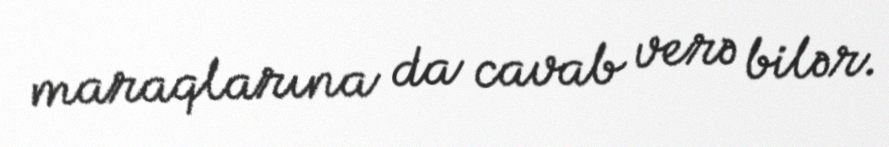
maraqlarına da cavab verə bilər.